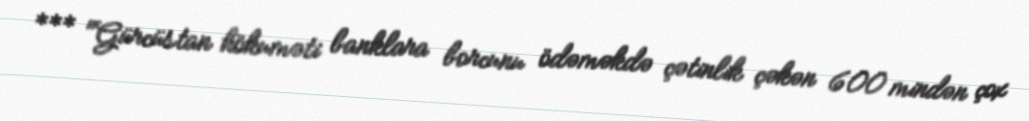
*** "Gürcüstan hökuməti banklara borcunu ödəməkdə çətinlik çəkən 600 mindən çox